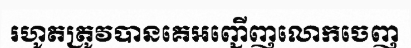
រហូតត្រូវបានគេអញ្ជើញលោកចេញ